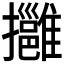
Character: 𢹬